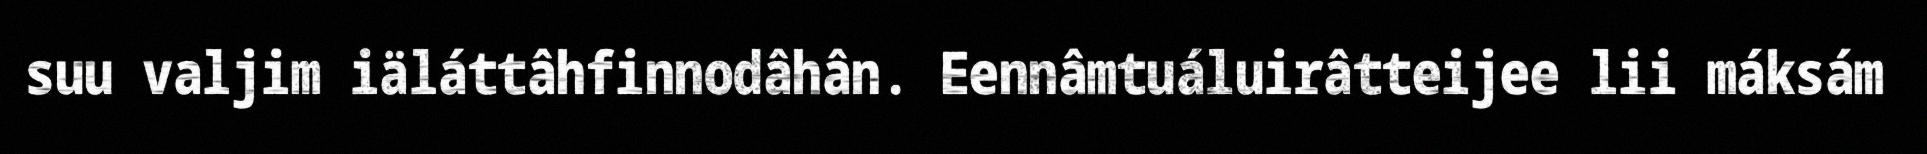
suu valjim iäláttâhfinnodâhân. Eennâmtuáluirâtteijee lii máksám